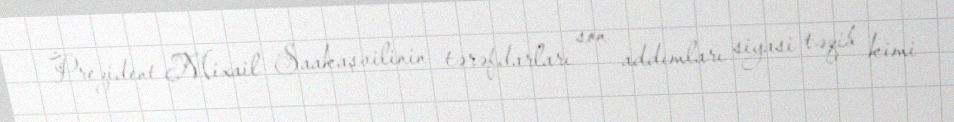
Prezident Mixail Saakaşvilinin tərəfdarları son addımları siyasi təqib kimi